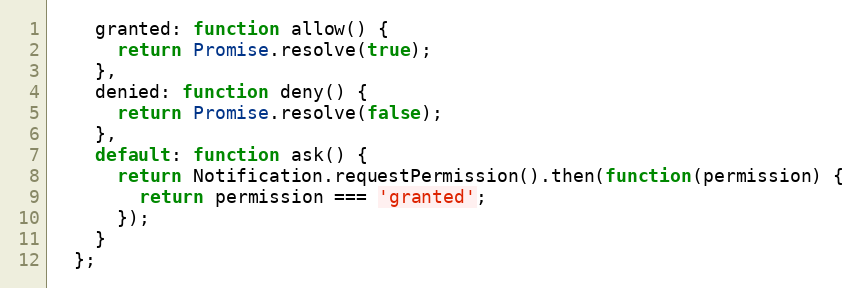
Language: JavaScript
    granted: function allow() {
      return Promise.resolve(true);
    },
    denied: function deny() {
      return Promise.resolve(false);
    },
    default: function ask() {
      return Notification.requestPermission().then(function(permission) {
        return permission === 'granted';
      });
    }
  };